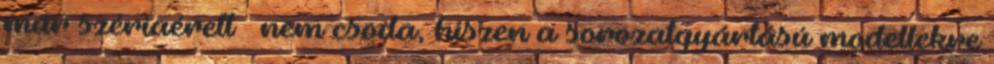
már szériaérett – nem csoda, hiszen a sorozatgyártású modellekre